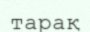
тарақ